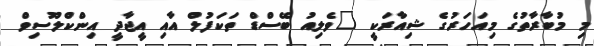
މި މުބާރާތުގެ މިއަހަރުގެ ޝިއާރަކީ "ވެލިއު ބޭސްޑް ތަކަފުލް އާއި އީޖާދީ އިންކްލޫސިވް